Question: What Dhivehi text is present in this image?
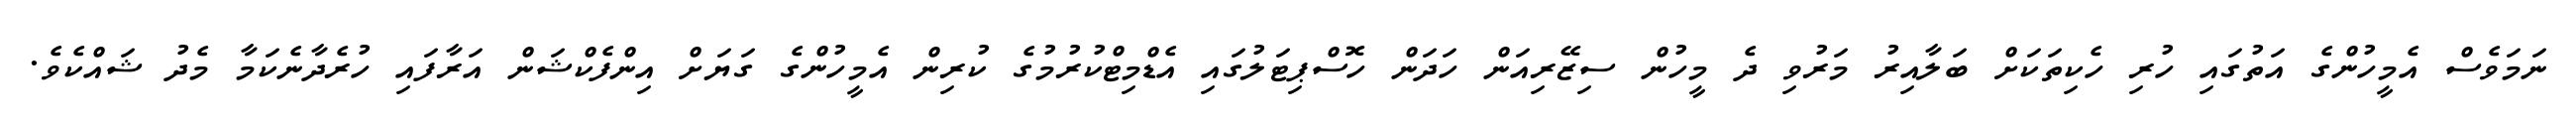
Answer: ނަމަވެސް އެމީހުންގެ އަތުގައި ހުރި ހެކިތަކަށް ބަލާއިރު މަރުވި ދެ މީހުން ސިޒޭރިއަން ހަދަން ހޮސްޕިޓަލުގައި އެޑްމިޓްކުރުމުގެ ކުރިން އެމީހުންގެ ގަޔަށް އިންފެކްޝަން އަރާފައި ހުރެދާނެކަމާ މެދު ޝައްކެވެ.